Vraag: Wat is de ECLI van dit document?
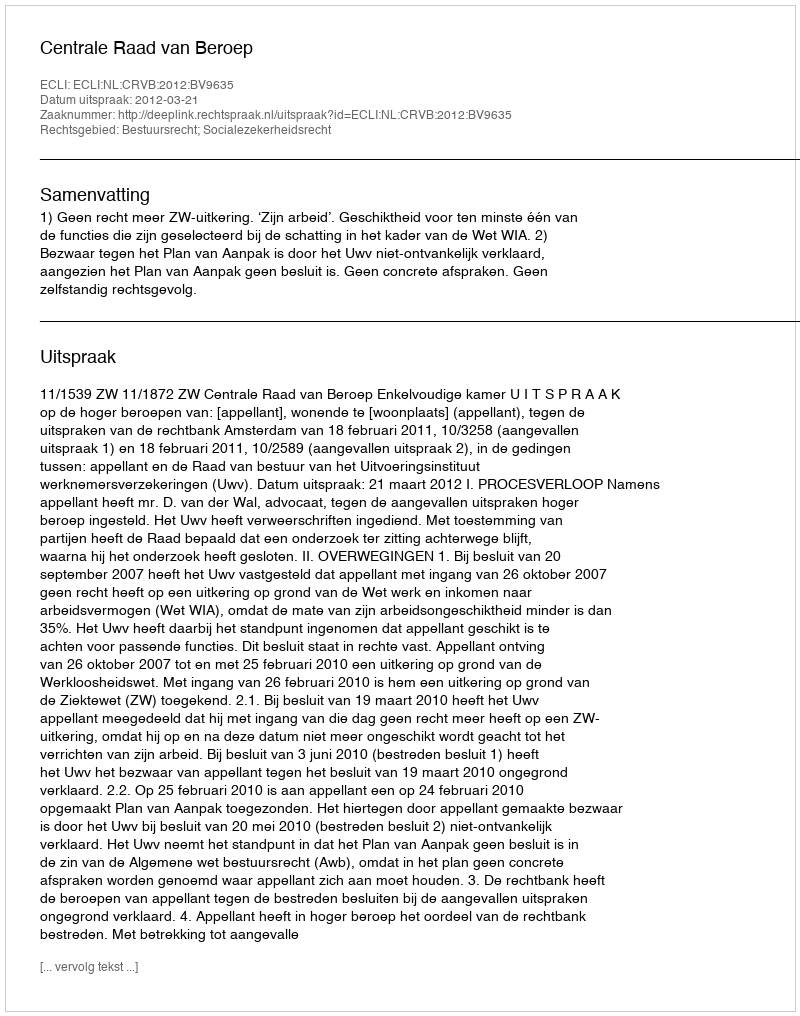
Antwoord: ECLI:NL:CRVB:2012:BV9635